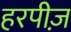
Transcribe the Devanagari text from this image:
हरपीज़